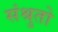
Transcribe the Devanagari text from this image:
संश्रुतो